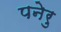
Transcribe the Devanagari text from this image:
पनेरु